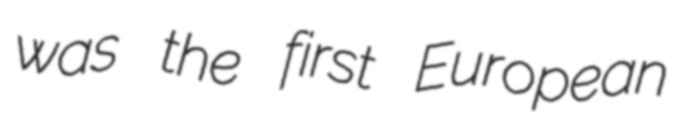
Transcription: was the first European